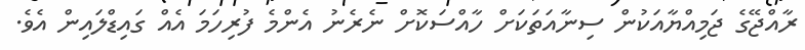
ރާއްޖޭގެ ޖަމިއްޔާއަކުން ސިނާއަތަކަށް ހާއްސަކޮށް ނެރެނު އެންމެ ފުރިހަމަ އެއް ގައިޑްލައިން އެވެ.